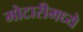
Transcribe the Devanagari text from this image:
मोटारीमध्ये